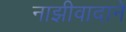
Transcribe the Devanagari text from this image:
नाझीवादाने